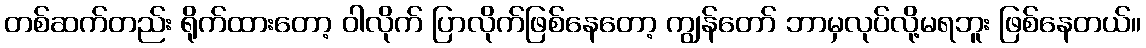
တစ်ဆက်တည်း ရိုက်ထားတော့ ဝါလိုက် ပြာလိုက်ဖြစ်နေတော့ ကျွန်တော် ဘာမှလုပ်လို့မရဘူး ဖြစ်နေတယ်။